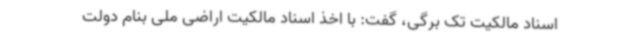
اسناد مالکیت تک برگی، گفت: با اخذ اسناد مالکیت اراضی ملی بنام دولت